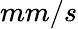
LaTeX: mm/s